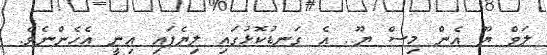
ލަވް ޔޫ އެން މިސް ޔޫ.. އެ ގަނޑުކޮޅުގައި ލިޔެފައި އިނީ އެހެންނެވެ.